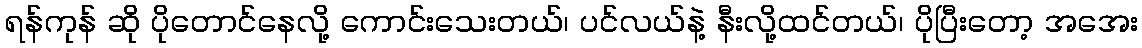
ရန်ကုန် ဆို ပိုတောင်နေလို့ ကောင်းသေးတယ်၊ ပင်လယ်နဲ့ နီးလို့ထင်တယ်၊ ပိုပြီးတော့ အအေး